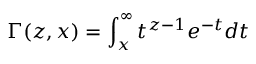
\Gamma ( z , x ) = \int _ { x } ^ { \infty } t ^ { z - 1 } e ^ { - t } d t